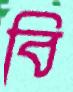
বি